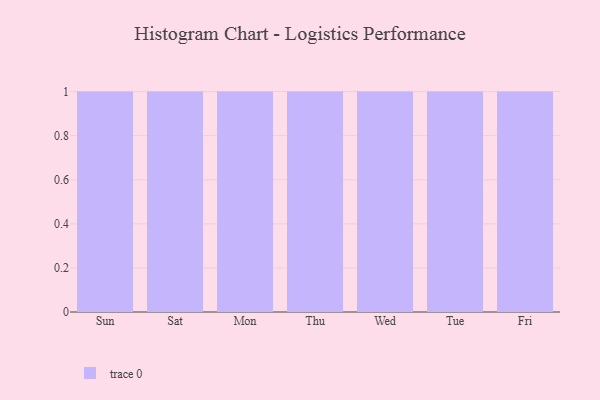
{"axis": {"x": "Day", "y": "Churn Rate (%)"}, "legend": [""], "data": [{"x": "Sun", "y": 89, "type": ""}, {"x": "Sat", "y": 1, "type": ""}, {"x": "Mon", "y": 13, "type": ""}, {"x": "Thu", "y": 87, "type": ""}, {"x": "Wed", "y": 5, "type": ""}, {"x": "Tue", "y": 48, "type": ""}, {"x": "Fri", "y": 68, "type": ""}]}